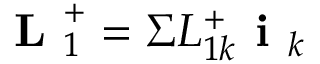
\textbf { L } _ { 1 } ^ { + } = \Sigma L _ { 1 k } ^ { + } \textbf { i } _ { k }